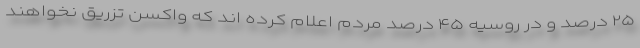
۲۵ درصد و در روسیه ۴۵ درصد مردم اعلام کرده اند که واکسن تزریق نخواهند